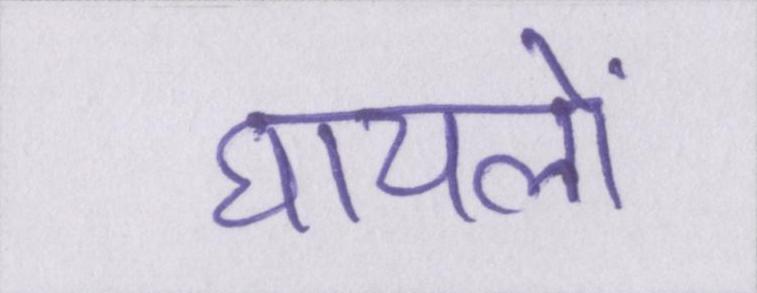
घायलों